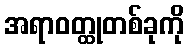
အရာဝတ္ထုတစ်ခုကို